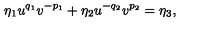
\eta _ { 1 } u ^ { q _ { 1 } } v ^ { - p _ { 1 } } + \eta _ { 2 } u ^ { - q _ { 2 } } v ^ { p _ { 2 } } = \eta _ { 3 } ,